Lunatic asylums in Bengal annual reports 1912-1924 - 1912-1924
Year: 1912
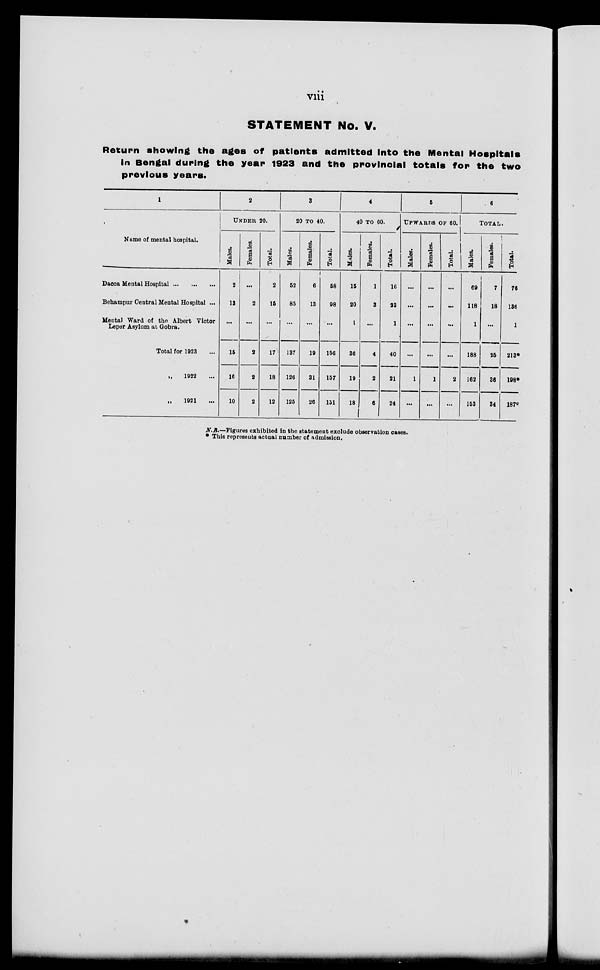
viii
STATEMENT No. V.
Return showing the ages of patients admitted into the Mental Hospitals
in Bengal during the year 1923 and the provincial totals for the two
previous years.
1
Name of mental hospital.
Dacca Mental Hospital ... ... ...
Behampur Central Mental Hospital ...
Mental Ward of the Albert Victor
Leper Asylum at Gobra.
Total for 1923 ...
„
1922 ...
„
1921 ...
2
UNDER 20.
Males.
2
13
...
15
16
10
Females.
...
2
...
2
2
2
Total.
2
15
...
17
18
12
3
20 TO 40.
Males.
52
85
...
137
126
125
Females.
6
13
...
19
31
26
Total.
58
98
...
156
157
131
4
40 TO 60.
Males.
15
20
1
36
19
18
Females.
1
3
...
4
2
6
Total.
16
23
1
40
21
24
5
UPWARDS OF 60.
Males.
...
...
...
...
1
...
Females.
...
...
...
...
1
...
Total.
...
...
...
...
2
...
6
TOTAL.
Males.
69
118
1
188
162
153
Females.
7
18
...
25
36
34
Total.
76
126
1
213*
198*
187*
N.B.—Figures exhibited in the statement exclude observation cases.
* This represents actual number of admission.